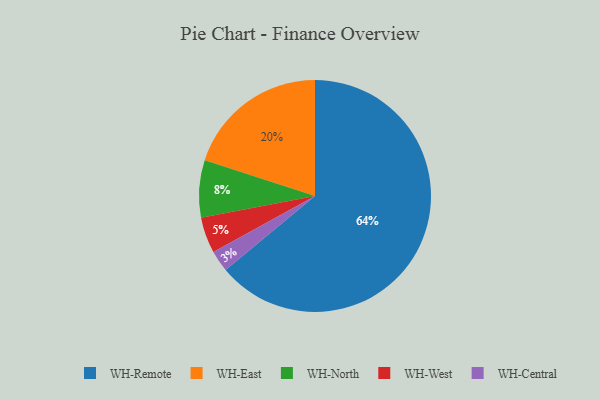
{"axis": {"x": "Category", "y": "Percentage"}, "legend": ["WH-Central", "WH-East", "WH-North", "WH-Remote", "WH-West"], "data": [{"x": "WH-Remote", "y": 64, "type": "WH-Remote"}, {"x": "WH-East", "y": 20, "type": "WH-East"}, {"x": "WH-West", "y": 5, "type": "WH-West"}, {"x": "WH-North", "y": 8, "type": "WH-North"}, {"x": "WH-Central", "y": 3, "type": "WH-Central"}]}